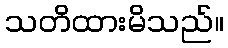
သတိထားမိသည်။